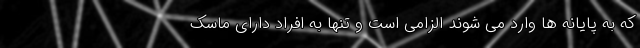
که به پایانه ها وارد می شوند الزامی است و تنها به افراد دارای ماسک